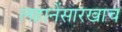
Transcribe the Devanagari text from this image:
लहानेंसारखाच